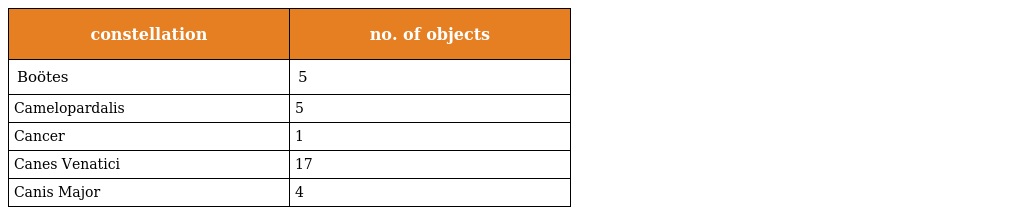
| constellation | no. of objects |
 | --- | --- |
 | Boötes | 5 |
 | Camelopardalis | 5 |
 | Cancer | 1 |
 | Canes Venatici | 17 |
 | Canis Major | 4 |